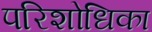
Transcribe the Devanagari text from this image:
परिशोधिका